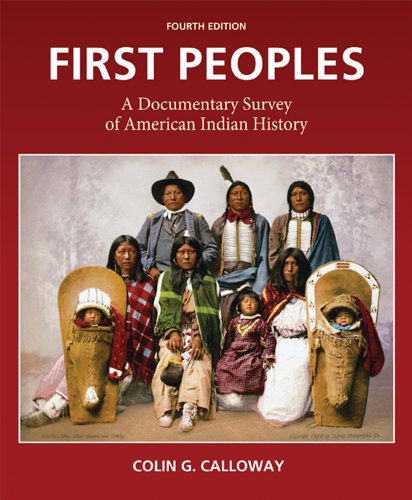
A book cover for First Peoples: A Documentary Survey of American Indian History; Colin G. Calloway; History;